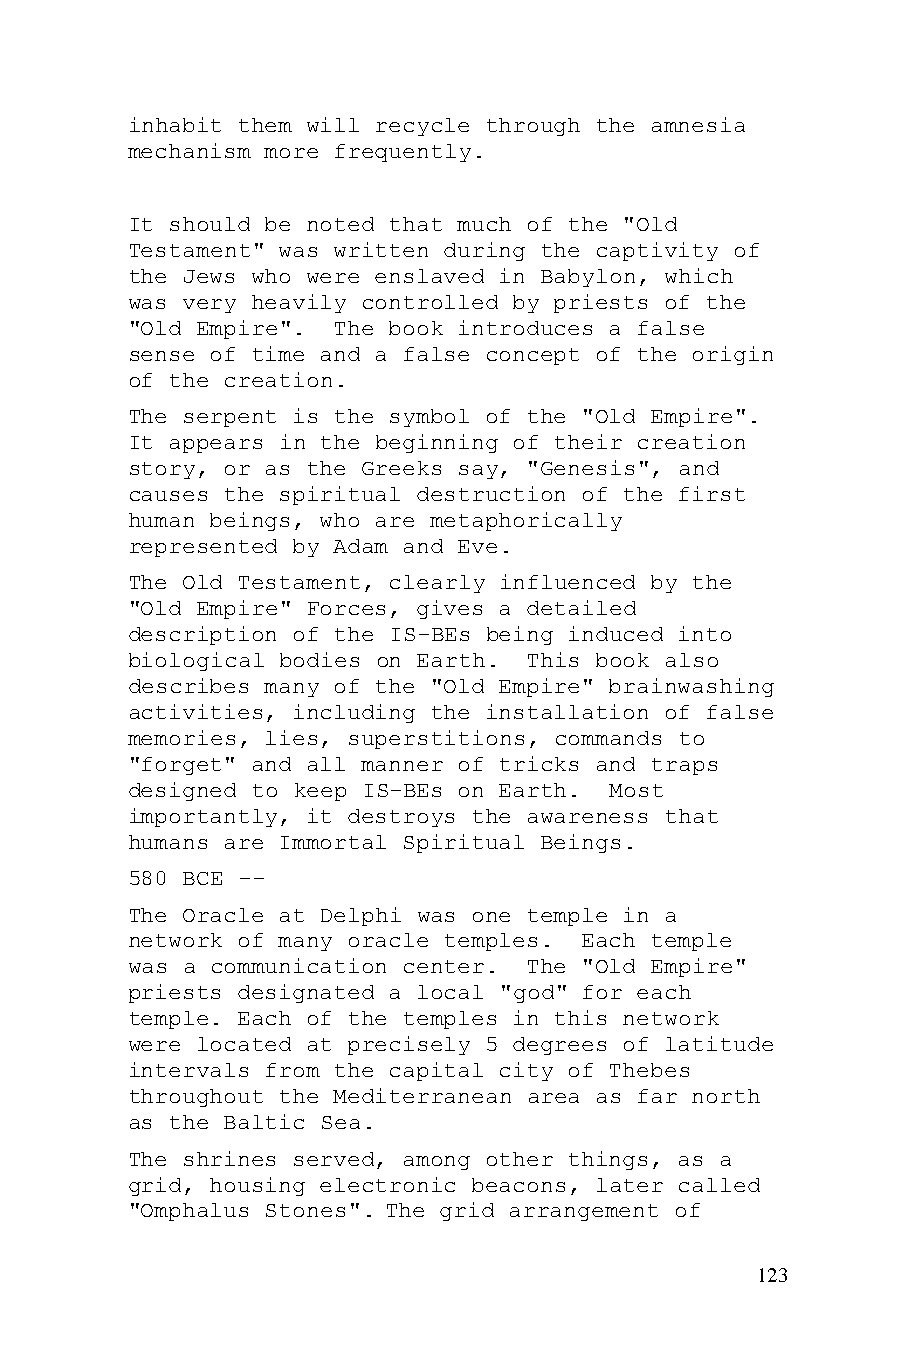
inhabit them will recycle through the amnesia
 mechanism more frequently.
 It should be noted that much of the "Old
 Testament" was written during the captivity of
 the Jews who were enslaved in Babylon, which
 was very heavily controlled by priests of the
 "Old Empire". The book introduces a false
 sense of time and a false concept of the origin
 of the creation.
 The serpent is the symbol of the "Old Empire".
 It appears in the beginning of their creation
 story, or as the Greeks say, "Genesis", and
 causes the spiritual destruction of the first
 human beings, who are metaphorically
 represented by Adam and Eve.
 The Old Testament, clearly influenced by the
 "Old Empire" Forces, gives a detailed
 description of the IS-BEs being induced into
 biological bodies on Earth. This book also
 describes many of the "Old Empire" brainwashing
 activities, including the installation of false
 memories, lies, superstitions, commands to
 "forget" and all manner of tricks and traps
 designed to keep IS-BEs on Earth. Most
 importantly, it destroys the awareness that
 humans are Immortal Spiritual Beings.
 580 BCE --
 The Oracle at Delphi was one temple in a
 network of many oracle temples. Each temple
 was a communication center. The "Old Empire"
 priests designated a local "god" for each
 temple. Each of the temples in this network
 were located at precisely 5 degrees of latitude
 intervals from the capital city of Thebes
 throughout the Mediterranean area as far north
 as the Baltic Sea.
 The shrines served, among other things, as a
 grid, housing electronic beacons, later called
 "Omphalus Stones". The grid arrangement of
 123